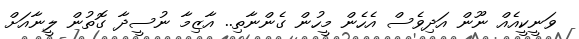
ވަނީކީއެއް ނޫން އަދިވެސް އެހެން މީހުން ގެންނާތި.. އާޒިމާ ނުސީދާ ގޮތުން ލީނާއަށް